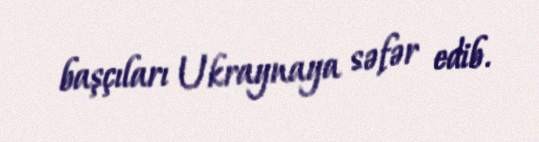
başçıları Ukraynaya səfər edib.